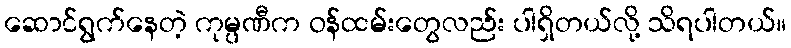
ဆောင်ရွက်နေတဲ့ ကုမ္ပဏီက ဝန်ထမ်းတွေလည်း ပါရှိတယ်လို့ သိရပါတယ်။